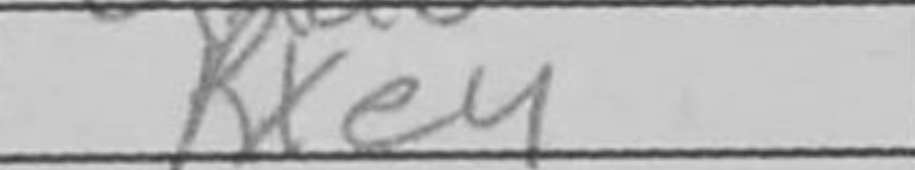
Transcription: Rxe4